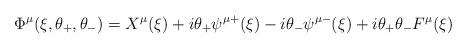
LaTeX: \begin{align*}\Phi ^{\mu }(\xi ,\theta _{+},\theta _{-})=X^{\mu }(\xi )+i\theta _{+}\psi^{\mu +}(\xi )-i\theta _{-}\psi ^{\mu -}(\xi )+i\theta _{+}\theta _{-}F^{\mu}(\xi )\end{align*}